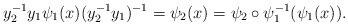
\begin{align*}y_2^{-1}y_1\psi_1(x) (y_2^{-1}y_1)^{-1}= \psi_2(x) = \psi_2\circ \psi_1^{-1}(\psi_1(x)).\end{align*}